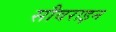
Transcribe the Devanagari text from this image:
सौवराइन